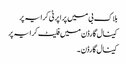
بلاک بی میں پراپرٹی کرایہ پر
کینال گارڈن میں فلیٹ کرایہ پر
کینال گارڈن ۔